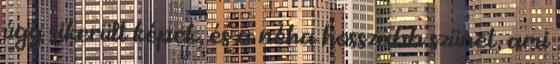
úgy sikerült képek, és a néha hosszabb szünet, ami